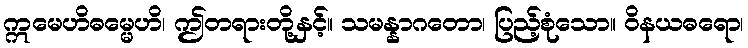
ဣမေဟိဓမ္မေဟိ၊ ဤတရားတို့နှင့်။ သမန္နာဂတော၊ ပြည့်စုံသော။ ဝိနယဓရော၊